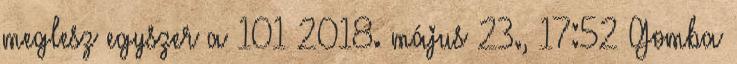
meglesz egyszer a 101 2018. május 23., 17:52 ‎Gomba